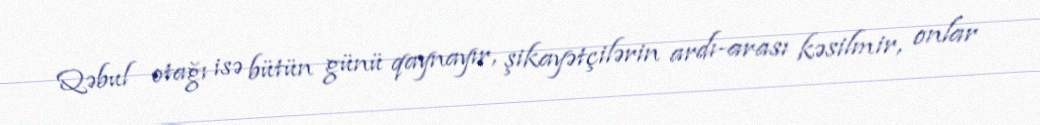
Qəbul otağı isə bütün günü qaynayır, şikayətçilərin ardı-arası kəsilmir, onlar